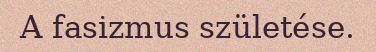
A fasizmus születése.